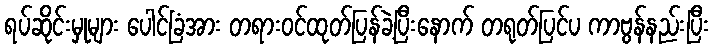
ရပ်ဆိုင်းမှုများ ပေါင်ခြံအား တရားဝင်ထုတ်ပြန်ခဲ့ပြီးနောက် တရုတ်ပြင်ပ ကာဗွန်နည်းပြီး